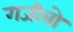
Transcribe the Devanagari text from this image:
गजीबो